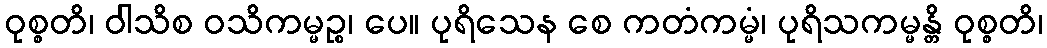
ဝုစ္စတိ၊ ဝါသိစ ဝသိကမ္မဉ္စ၊ ပေ။ ပုရိသေန စေ ကတံကမ္မံ၊ ပုရိသကမ္မန္တိ ဝုစ္စတိ၊